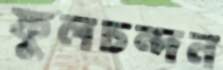
ফুলচন্দন